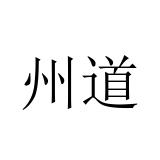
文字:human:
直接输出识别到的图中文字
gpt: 州道